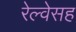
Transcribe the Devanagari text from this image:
रेल्वेसह